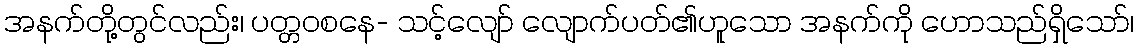
အနက်တို့တွင်လည်း၊ ပတ္တဝစနေ- သင့်လျော် လျောက်ပတ်၏ဟူသော အနက်ကို ဟောသည်ရှိသော်၊